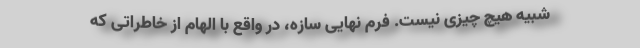
شبیه هیچ چیزی نیست. فرم نهایی سازه، در واقع با الهام از خاطراتی که